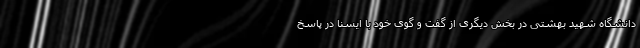
دانشگاه شهید بهشتی در بخش دیگری از گفت و گوی خود با ایسنا در پاسخ